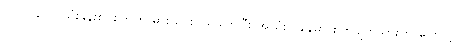
ပင်လယ်ပြင်သုံးနုန်းစုပ်စက်ကို မှားယွင်းဝယ်ခဲ့ကြပြီး အသုံးပြုချိန်မှာ စက်ပျက်သွားတာကြောင့်